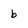
Character: b